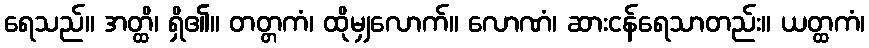
ရေသည်။ အတ္ထိ၊ ရှိ၏။ တတ္တကံ၊ ထိုမျှလောက်။ လောဏံ၊ ဆားငန်ရေသာတည်း။ ယတ္ထကံ၊